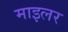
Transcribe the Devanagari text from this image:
माइलर